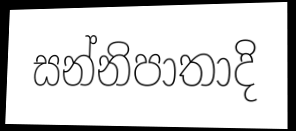
සන්නිපාතාදි